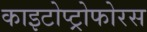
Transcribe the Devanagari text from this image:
काइटोप्ट्रोफोरस